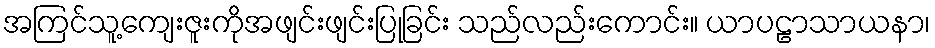
အကြင်သူ့ကျေးဇူးကိုအဖျင်းဖျင်းပြုခြင်း သည်လည်းကောင်း။ ယာပဠာသာယနာ၊